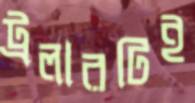
ট্রলারটিই